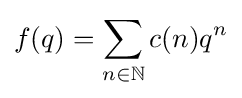
f(q)=\sum _{n\in \mathbb {N} }c(n)q^{n}